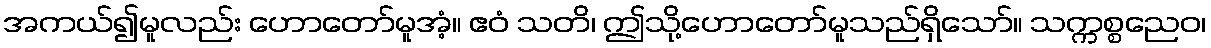
အကယ်၍မူလည်း ဟောတော်မူအံ့။ ဧဝံ သတိ၊ ဤသို့ဟောတော်မူသည်ရှိသော်။ သက္ကစ္စညေဝ၊